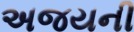
અજયની